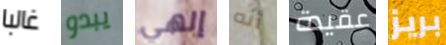
غالبا يبدو إلهي أنه عقيدة بريز